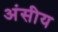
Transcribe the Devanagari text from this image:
अंसीय